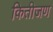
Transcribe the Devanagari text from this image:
कितीजण